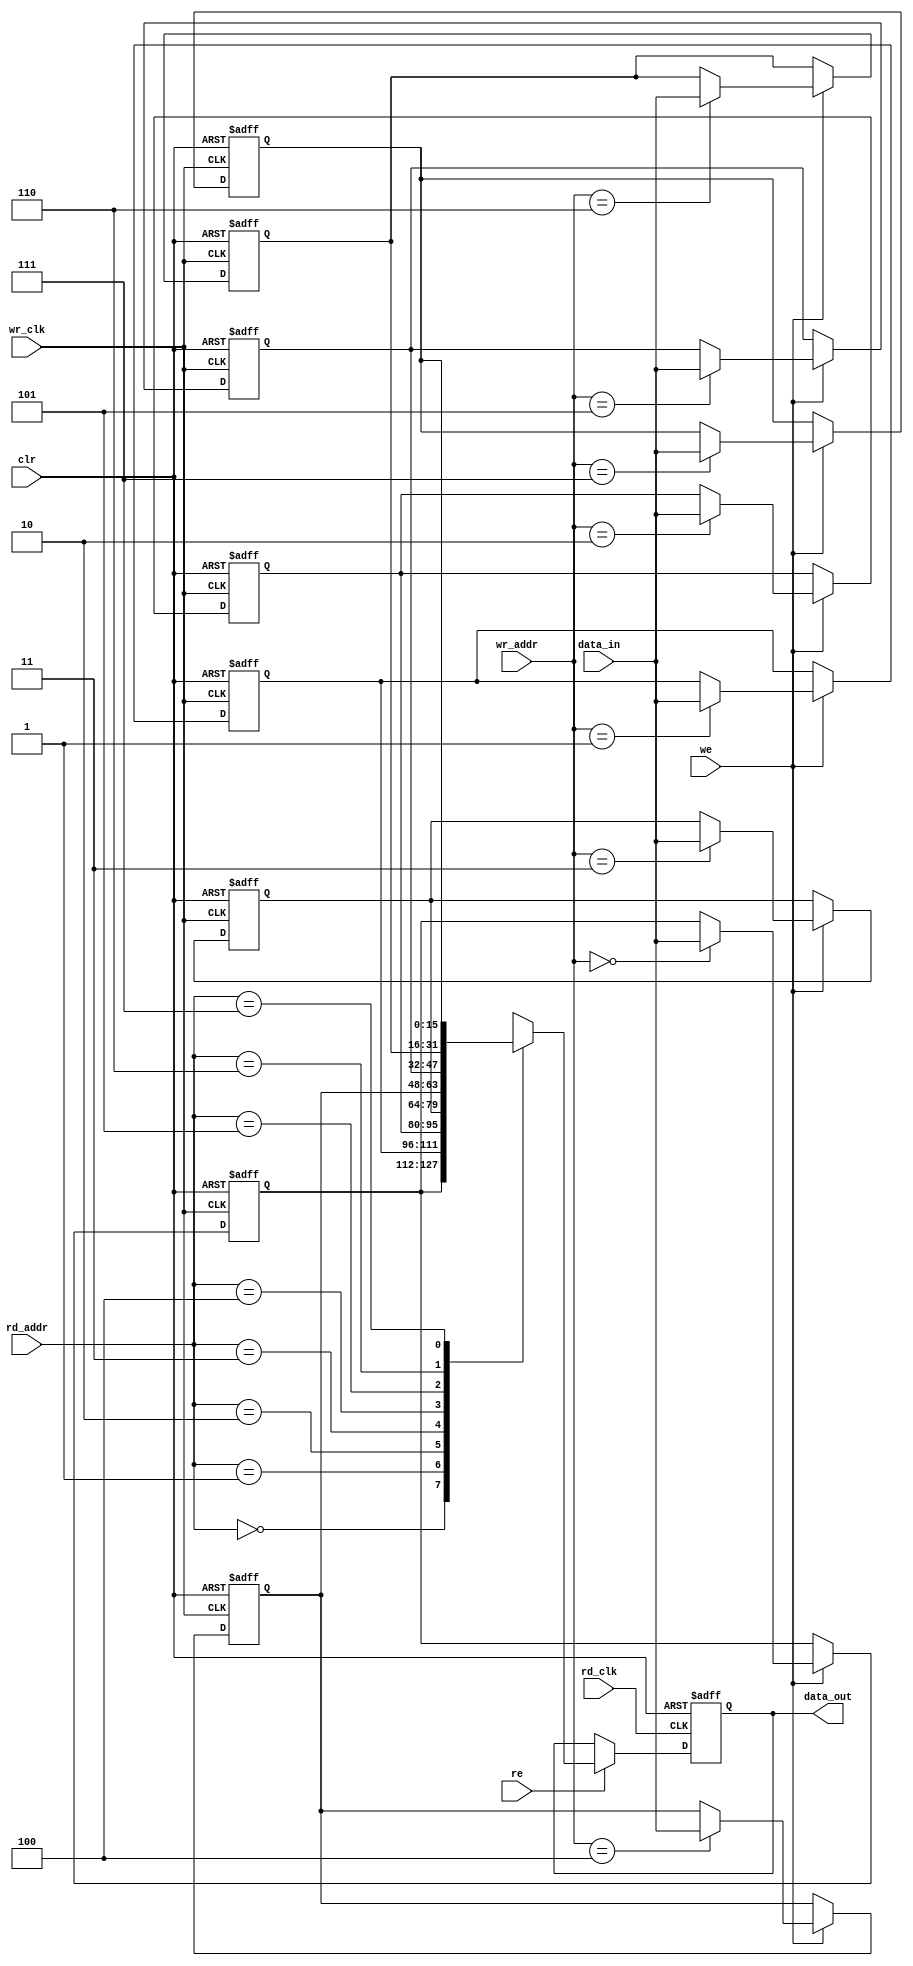
module asyn_ram ( wr_clk,rd_clk,clr,we,re,data_in,wr_addr,rd_addr,data_out);
input wr_clk,rd_clk,clr,we,re;
input [15:0] data_in;
input [2:0] wr_addr, rd_addr;
output reg [15:0] data_out;
reg [15:0] memory [7:0];
integer i;

always @(posedge wr_clk or posedge clr)
begin
if(clr)
begin
for (i=0;i<8;i=i+1)
memory[i] <= 0;
end
else
begin
if (we)
memory[wr_addr] <= data_in;
end
end

always @(posedge rd_clk or posedge clr)
begin
if(clr)
begin
data_out <= 0;
end
else
begin
if (re)
data_out <= memory[rd_addr];
end
end
endmodule